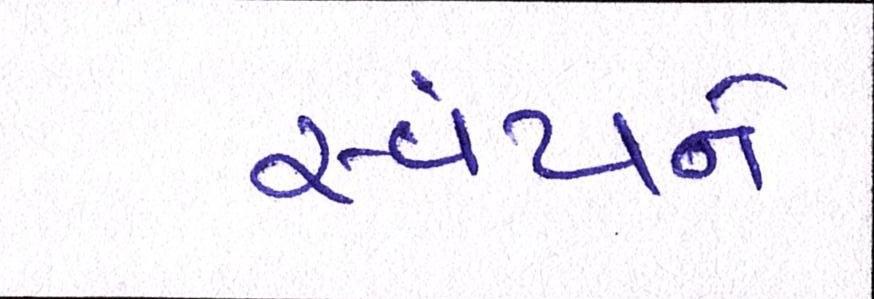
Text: સ્વયંને